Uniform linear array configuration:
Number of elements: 48
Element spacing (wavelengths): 0.25
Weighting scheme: binomial
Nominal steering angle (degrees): -45
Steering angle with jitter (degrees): -45.451
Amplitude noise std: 0.05
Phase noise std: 0.05

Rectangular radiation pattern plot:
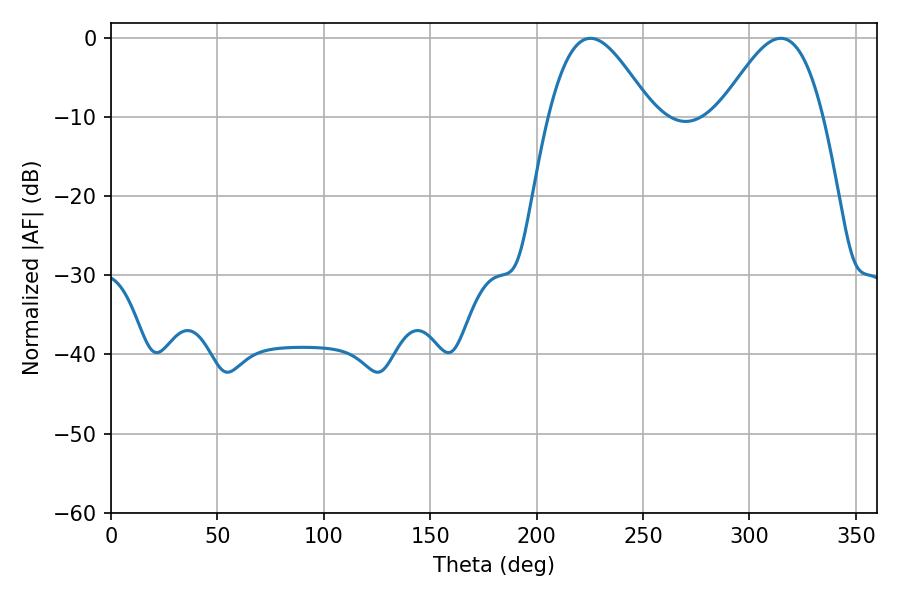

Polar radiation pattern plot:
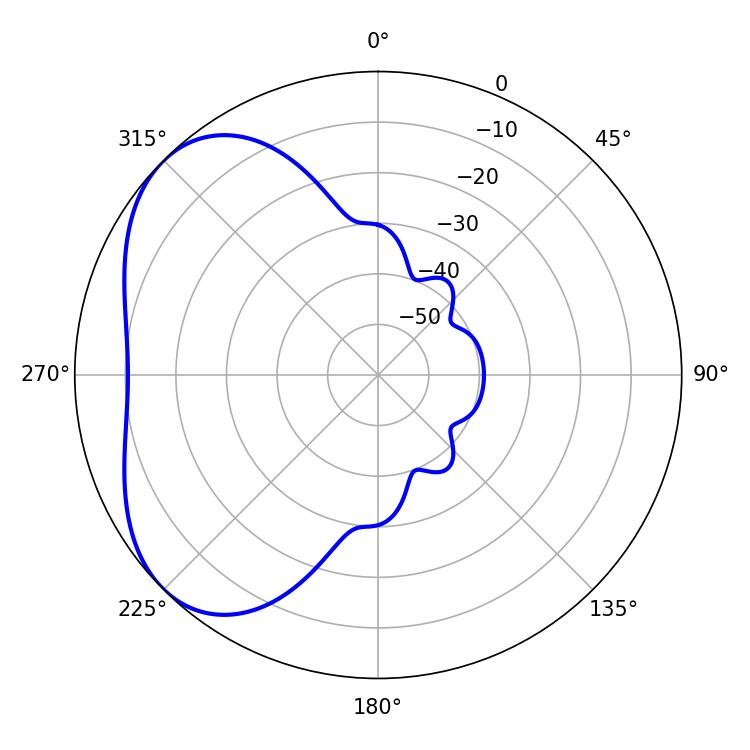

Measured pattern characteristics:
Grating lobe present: FALSE
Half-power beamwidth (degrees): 26.1
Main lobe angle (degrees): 225.36